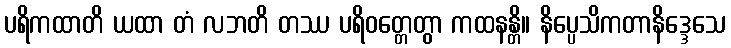
ပရိကထာတိ ယထာ တံ လဘတိ တဿ ပရိဝတ္တေတွာ ကထနန္တိ။ နိပ္ပေသိကတာနိဒ္ဒေသေ